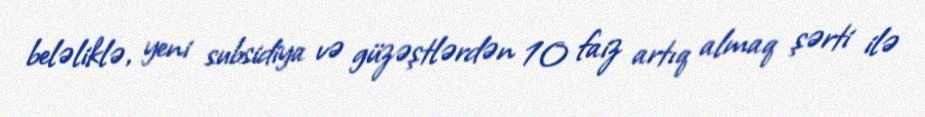
beləliklə, yeni subsidiya və güzəştlərdən 10 faiz artıq almaq şərti ilə